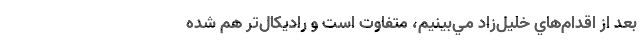
بعد از اقدام‌هاي خليل‌زاد مي‌بينيم، متفاوت است و راديكال‌تر هم شده